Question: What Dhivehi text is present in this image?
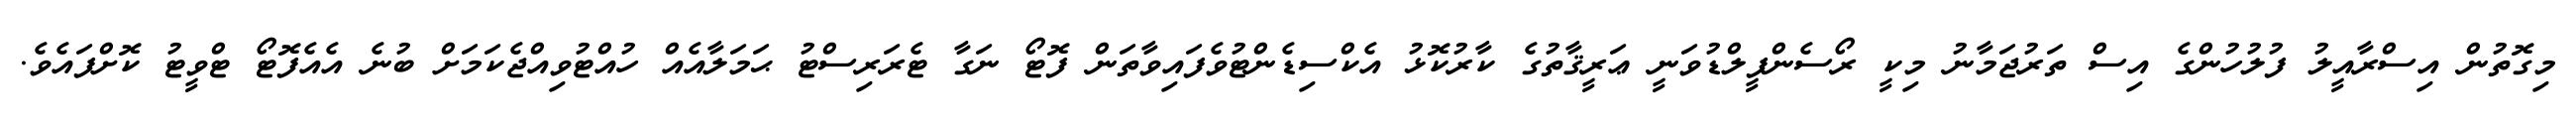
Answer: މިގޮތުން އިސްރާއީލު ފުލުހުންގެ އިސް ތަރުޖަމާނު މިކީ ރޯސެންފީލްޑުވަނީ ޢަރީޤާތުގެ ކާރުކޮޅު އެކްސިޑެންޓުވެފައިވާތަން ފޮޓޯ ނަގާ ޓެރަރިސްޓު ޙަމަލާއެއް ހުއްޓުވިއްޖެކަމަށް ބުނެ އެއެފޮޓޯ ޓްވީޓު ކޮށްފައެވެ.